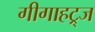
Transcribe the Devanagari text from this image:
गीगाहट्र्ज